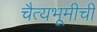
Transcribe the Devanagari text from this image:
चैत्यभूमीची